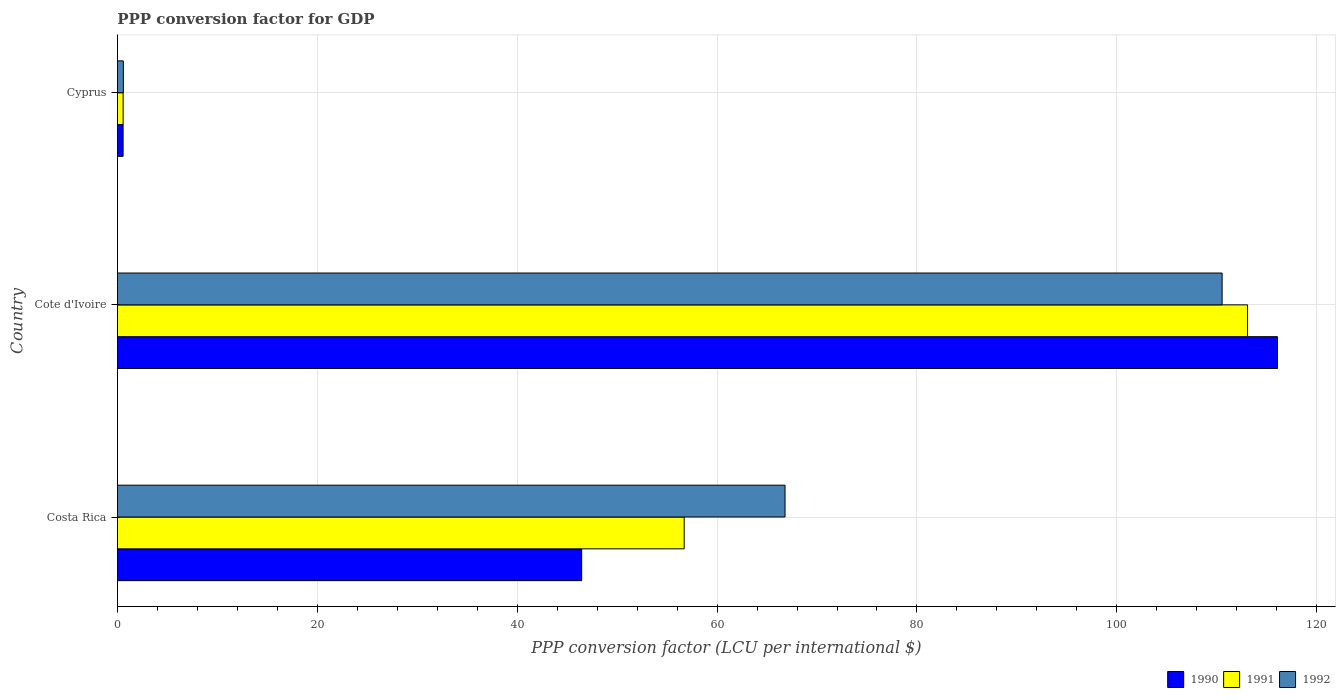
| Country | 1990 | 1991 | 1992 |
 | --- | --- | --- | --- |
 | Costa Rica | 46.5 | 56.7 | 66.8 |
 | Cote d'Ivoire | 116 | 113 | 111 |
 | Cyprus | 0.57 | 0.573 | 0.594 |